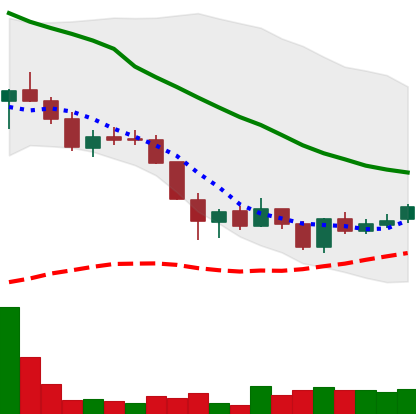
Ticker: LINK-USD
Chart end date: 2018-06-02
Forward return: -16.482%
Label: down_7plus